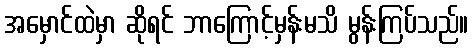
အမှောင်ထဲမှာ ဆိုရင် ဘာကြောင့်မှန်းမသိ မွန်းကြပ်သည်။